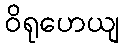
ဝိရုဟေယျ